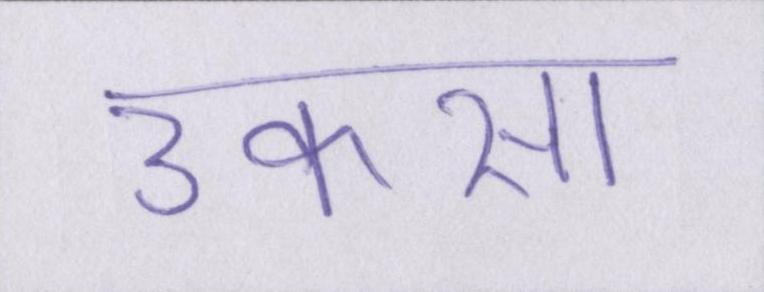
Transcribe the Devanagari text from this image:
उकसा